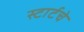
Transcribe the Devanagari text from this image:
स्टार्टचे